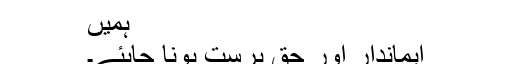
ہمیں
ایماندار اور حق پرست ہونا چاہئے۔